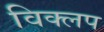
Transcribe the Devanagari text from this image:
विक्लप